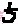
Text: 5